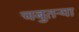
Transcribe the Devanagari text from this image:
चबुतऱ्या